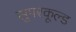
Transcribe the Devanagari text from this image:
सुपरकूल्ड